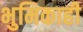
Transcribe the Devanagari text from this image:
भुमिकाही